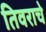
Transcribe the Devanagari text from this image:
तिवराचे